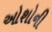
ઓશોની